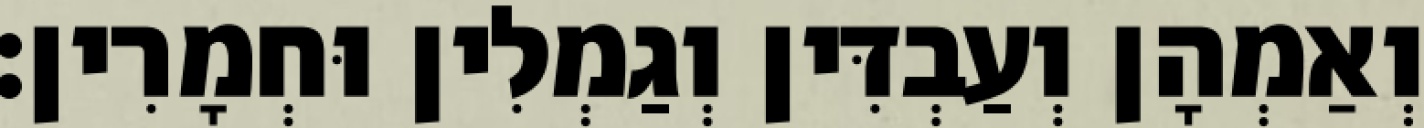
וְאַמְהָן וְעַבְדִּין וְגַמְלִין וּחְמָרִין׃